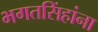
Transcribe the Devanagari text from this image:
भगतसिंहांना